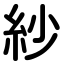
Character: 紗